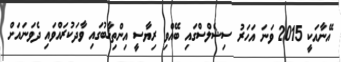
އޭނާއަކީ 2015 ވަނަ އަހަރު ސިޝެލްސްގައި ބޭއްވި ރިޔާސީ އިންތިޚާބުގައި ވާދަކުރައްވައި ދެވަނައަށް